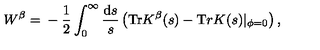
W ^ { \beta } = \mathrm { } - \frac 1 { 2 } \int _ { 0 } ^ { \infty } \frac { \mathrm { d } s } { s } \left( { \mathrm { T r } } K ^ { \beta } ( s ) - { \mathrm T r } K ( s ) | _ { \phi = 0 } \right) ,